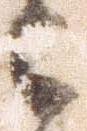
被